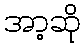
အာ့ဆို